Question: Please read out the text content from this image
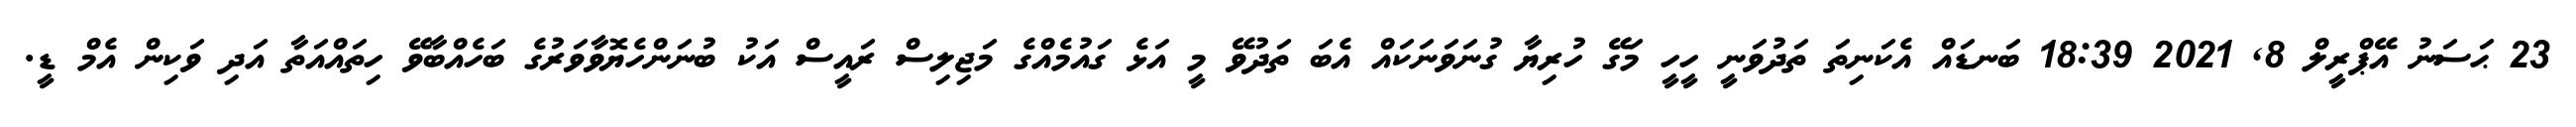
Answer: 23 ޙަސަނު އޭޕްރީލް 8, 2021 18:39 ބަނޑައް އެކަނިތަ ތަދުވަނީ ހީހީ މަގޭ ހުރިޔާ ގުނަވަނަކައް އެބަ ތަދުވޭ މީ އަޅެ ގައުމެއްގެ މަޖިލިސް ރައީސް އަކު ބުނަންހެޔޮވާވަރުގެ ބަހެއްބާވޭ ހިތައްއަތާ އަދި ވަކިން އެމް ޑީ.